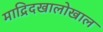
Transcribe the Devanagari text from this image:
माद्रिदखालोखाल